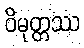
ဝိမုတ္တဿ